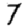
Digit: 7